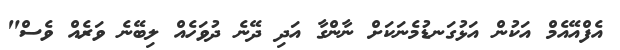
އެފްއޭއެމް އަކުން އަޅުގަނޑުމެނަކަށް ނާންގާ އަދި ދޭނެ ދުވަހެއް ލިބޭނެ ވަރެއް ވެސް"